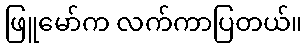
ဖြူမော်က လက်ကာပြတယ်။